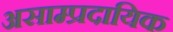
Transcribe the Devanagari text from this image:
असाम्प्रदायिक